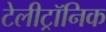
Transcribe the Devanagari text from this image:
टेलीट्रॉनिक